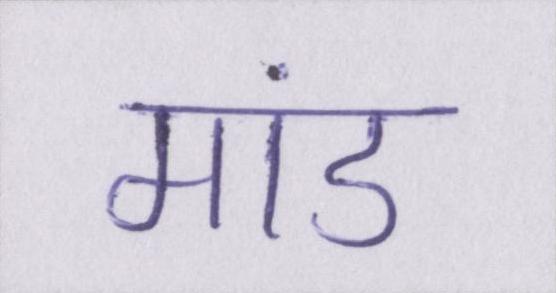
मांड